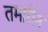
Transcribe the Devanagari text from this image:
तमारीन